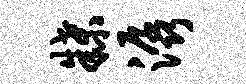
牒潺